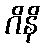
ဂိနိ